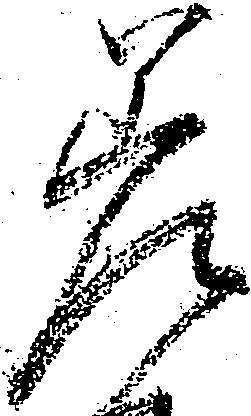
差